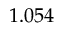
1 . 0 5 4